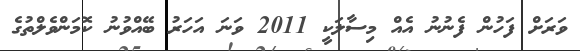
ވަރަށް ފަހުން ފެނުނު އެއް މިސާލަކީ 2011 ވަނަ އަހަރު ބޭއްވުނު ކޮމަންވެލްތުގެ